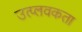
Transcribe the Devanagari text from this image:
उत्प्लवकता